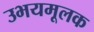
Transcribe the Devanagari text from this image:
उभयमूलक